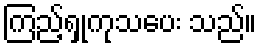
ကြည့်ရှုကုသပေး သည်။